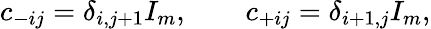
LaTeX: c_{-ij}=\delta_{i,j+1}I_{m},\qquad c_{+ij}=\delta_{i+1,j}I_{m},